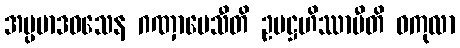
အပ္ပမာဒဝသေန ဂဏှာပေသီတိ ဥပဋ္ဌဟိဿာမီတိ ဝကုလာ